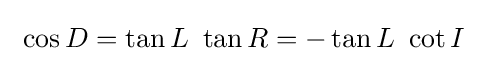
\ \cos D=\tan L\ \tan R=-\tan L\ \cot I\